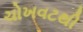
ચોખવટથી